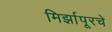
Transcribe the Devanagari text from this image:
मिर्झापूरचे